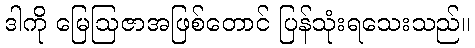
ဒါကို မြေဩဇာအဖြစ်တောင် ပြန်သုံးရသေးသည်။